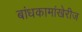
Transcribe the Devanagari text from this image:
बांधकामांखेरीज